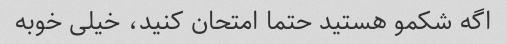
اگه شکمو هستید حتما امتحان کنید، خیلی خوبه